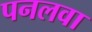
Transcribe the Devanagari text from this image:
पनलवा